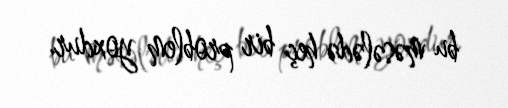
bu məsələdə heç bir problem yoxdur.